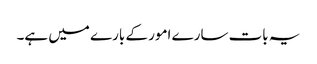
یہ بات سارے امور کے بارے میں ہے۔